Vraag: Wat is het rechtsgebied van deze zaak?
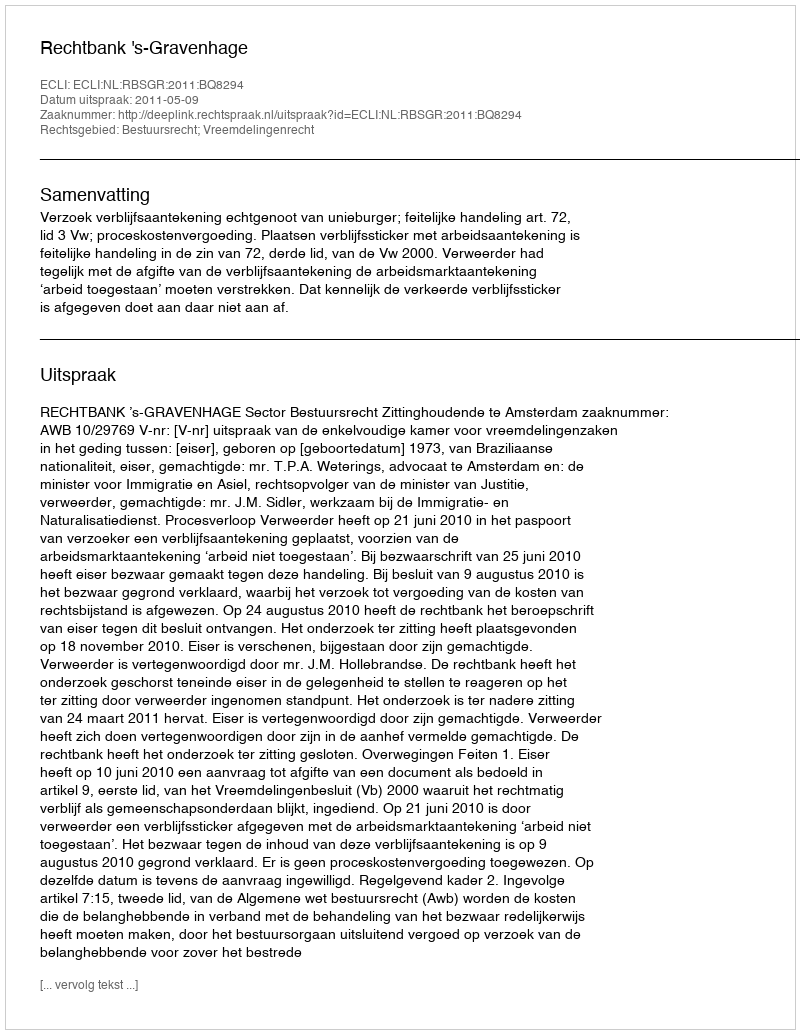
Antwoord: Bestuursrecht; Vreemdelingenrecht